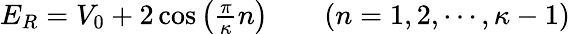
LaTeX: \begin{array}{rl}{E_{R}=V_{0}+2\cos\left(\frac{\pi}{\kappa}n\right)\quad}&{{}(n=1,2,\cdots,\kappa-1)}\end{array}